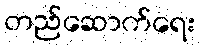
တည်ဆောက်ရေး